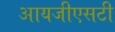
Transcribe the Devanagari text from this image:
आयजीएसटी